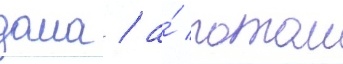
дома / а́ потом